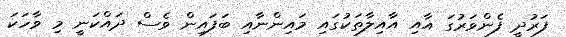
ފަރުދީ ފެންވަރުގަ އާއި އާއިލާތަކުގައި މައިންނާއި ބަފައިން ވެސް ދައްކަނީ މި ވާހަކަ